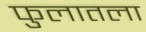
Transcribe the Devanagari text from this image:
फुलातला